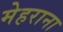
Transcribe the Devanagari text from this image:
मेहराना